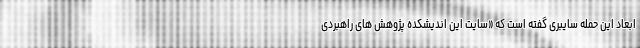
ابعاد این حمله سایبری گفته است که «سایت این اندیشکده پژوهش های راهبردی